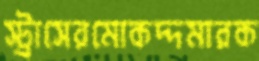
স্ট্রাসেরমোকদ্দমারক